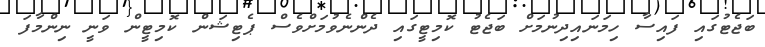
ބަޖެޓުގައި ފައިސާ ހިމަނައިދިނުމަށް ބަޖެޓު ކޮމިޓީގައި ދެންނެވުމަށްވެސް ޕެޓިޝަން ކޮމިޓީން ވަނީ ނިންމާފަ